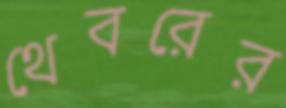
থেবরের